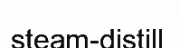
steam-distill